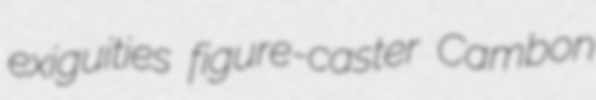
exiguities figure-caster Cambon